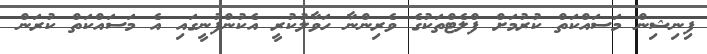
ފިނިޝިން މަސައްކަތް ކުރުމަށް ފްލެޓްތަކުގެ ވެރިންނާ ހަވާލުކުރީ އެކުންފުނީގައި އެ މަސައްކަތް ކުރަން